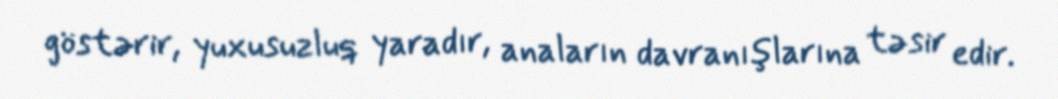
göstərir, yuxusuzluq yaradır, anaların davranışlarına təsir edir.